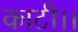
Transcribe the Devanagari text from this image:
काटी।।